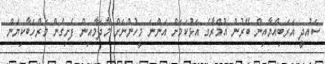
ސައުދީ އަރަބިއްޔާއިން ބޭރުން އުމްރާގެ އަޅުކަމަށް އަންނަ މީހުންނަށް މާދަމާއިން ފެށިގެން މަރްހަބާކިޔަން